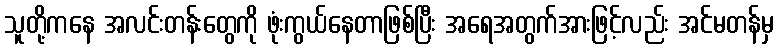
သူတို့ကနေ အလင်းတန်းတွေကို ဖုံးကွယ်နေတာဖြစ်ပြီး အရေအတွက်အားဖြင့်လည်း အင်မတန်မှ